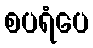
စပရံပေ